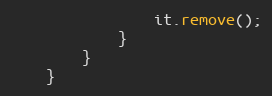
Language: Java
                it.remove();
            }
        }
    }